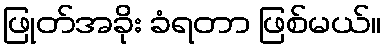
ဖြုတ်အခိုး ခံရတာ ဖြစ်မယ်။